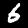
Digit: 6